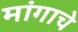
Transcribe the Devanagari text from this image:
मांगाचे